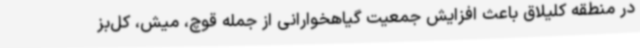
در منطقه کلیلاق باعث افزایش جمعیت گیاهخوارانی از جمله قوچ، میش، کل‌بز